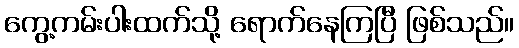
ကွေ့ကမ်းပါးထက်သို့ ရောက်နေကြပြီ ဖြစ်သည်။